Civil Veterinary Department. United Provinces 1912-22 - 1912-1922
Year: 1912
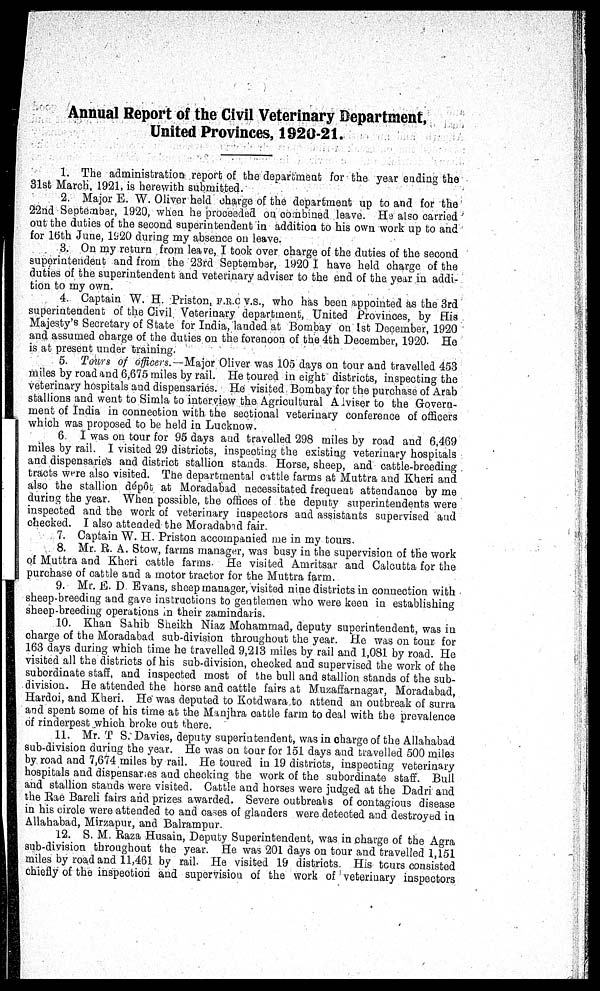
Annual Report of the Civil Veterinary Department,
United Provinces, 1920-21.
1. The administration report of the department for the year ending the
31st March, 1921, is herewith submitted.
2. Major E. W. Oliver held charge of the department up to and for the
22nd September, 1920, when he proceeded on combined leave. He also carried
out the duties of the second superintendent in addition to his own work up to and
for 16th June, 1920 during my absence on leave.
3. On my return from leave, I took over charge of the duties of the second
superintendent and from the 23rd September, 1920 I have held charge of the
duties of the superintendent and veterinary adviser to the end of the year in addi-
tion to my own.
4. Captain W. H. Priston, F.R.C.V.S., who has been appointed as the 3rd
superintendent of the Civil Veterinary department, United Provinces, by His
Majesty's Secretary of State for India, landed at Bombay on 1st December, 1920
and assumed charge of the duties on the forenoon of the 4th December, 1920. He
is at present under training.
5. Tours of officers.—Major Oliver was 105 days on tour and travelled 453
miles by road and 6,675 miles by rail. He toured in eight districts, inspecting the
veterinary hospitals and dispensaries. He visited Bombay for the purchase of Arab
stallions and went to Simla to interview the Agricultural Adviser to the Govern-
ment of India in connection with the sectional veterinary conference of officers
which was proposed to be held in Lucknow.
6. I was on tour for 95 days and travelled 298 miles by road and 6,469
miles by rail. I visited 29 districts, inspecting the existing veterinary hospitals
and dispensaries and district stallion stands. Horse, sheep, and cattle-breeding
tracts were also visited. The departmental cattle farms at Muttra and Kheri and
also the stallion dépôt at Moradabad necessitated frequent attendance by me
during the year. When possible, the offices of the deputy superintendents were
inspected and the work of veterinary inspectors and assistants supervised and
checked. I also attended the Moradabid fair.
7. Captain W. H. Priston accompanied me in my tours.
8. Mr. R. A. Stow, farms manager, was busy in the supervision of the work
of Muttra and Kheri cattle farms. He visited Amritsar and Calcutta for the
purchase of cattle and a motor tractor for the Muttra farm.
9. Mr. 13. D Evans, sheep manager, visited nine districts in connection with
sheep-breeding and gave instructions to gentlemen who wore keen in establishing
sheep-breeding operations in their zamindaris.
10. Khan Sahib Sheikh Niaz Mohammad, deputy superintendent, was in
charge of the Moradabad sub-division throughout the year. He was on tour for
163 days during which time he travelled 9,213 miles by rail and 1,081 by road. He
visited all the districts of his sub-division, checked and supervised the work of the
subordinate staff, and inspected most of the bull and stallion stands of the sub-
division. He attended the horse and cattle fairs at Muzaffarnagar, Moradabad,
Hardoi, and Kheri. He was deputed to Kotdwara to attend an outbreak of surra
and spent some of his time at the Manjhra cattle farm to deal with the prevalence
of rinderpest which broke out there.
11. Mr. T S. Davies, deputy superintendent, was in charge of the Allahabad
sub-division daring the year. He was on tour for 151 days and travelled 500 miles
by road and 7,674 miles by rail. He toured in 19 districts, inspecting veterinary
hospitals and dispensaries and checking the work of the subordinate staff. Bull
and stallion stands were visited. Cattle and horses were judged at the Dadri and
the Rae Bareli fairs arid prizes awarded. Severe outbreaks of contagious disease
in his circle were attended to and cases of glanders were detected and destroyed in
Allahabad, Mirzapur, and Balrampur.
12. S. M. Raza Husain, Deputy Superintendent, was in charge of the Agra
sub-division throughout the year. He was 201 days on tour and travelled 1,151
miles by road and 11,461 by rail. He visited 19 districts. His tours consisted
chiefly of the inspection and supervision of the work of veterinary inspectors